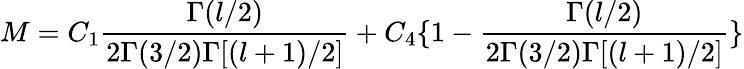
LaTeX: M=C_{1}\frac{\Gamma(l/2)}{2\Gamma(3/2)\Gamma[(l+1)/2]}+C_{4}\{ 1-\frac{\Gamma(l/2)}{2\Gamma(3/2)\Gamma[(l+1)/2]}\}